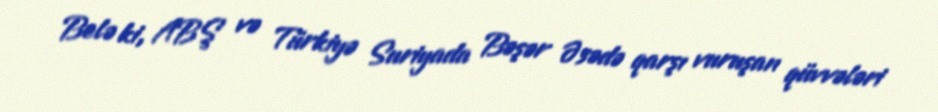
Belə ki, ABŞ və Türkiyə Suriyada Bəşər Əsədə qarşı vuruşan qüvvələri